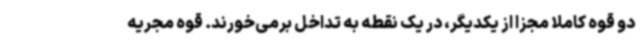
دو قوه کاملا مجزا از یکدیگر، در یک نقطه به تداخل برمی‌خورند. قوه مجریه